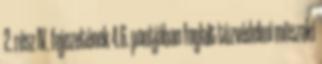
2. rész IV. fejezetének 4.6. pontjában foglalt tûzvédelmi mûszaki